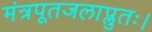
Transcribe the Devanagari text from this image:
मंत्रपूतजलाप्लुतः।